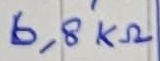
Text: 6,8KΩ